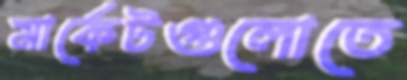
মার্কেটগুলোতে